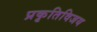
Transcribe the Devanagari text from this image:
प्रकृतिविजय